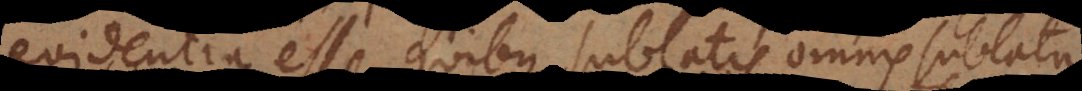
evidentia esse, quibus sublatis omnis sublat